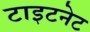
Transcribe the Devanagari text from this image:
टाइटनेट